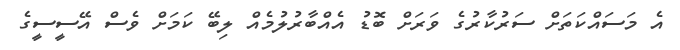
އެ މަސައްކަތަށް ސަރުކާރުގެ ވަރަށް ބޮޑު އެއްބާރުލުމެއް ލިބޭ ކަމަށް ވެސް އޭސީސީގެ